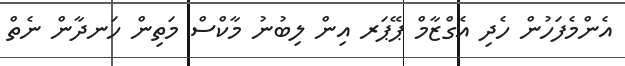
އެންމެފަހުން ހެދި އެގްޒާމް ޕޭޕަރ އިން ލިބުނު މާކްސް މަތިން ހަނދާން ނެތް